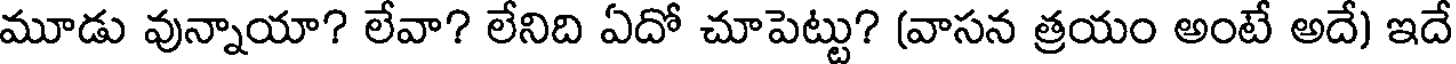
మూడు వున్నాయా? లేవా? లేనిది ఏదో చూపెట్టు? (వాసన త్రయం అంటే అదే) ఇదే